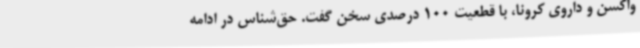
واکسن و داروی کرونا، با قطعیت 100 درصدی سخن گفت. حق‌شناس در ادامه